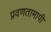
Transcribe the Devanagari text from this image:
प्रवणतामापी